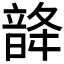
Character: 𩐨